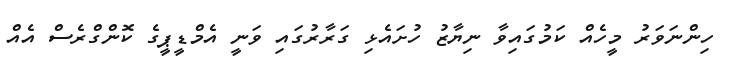
ހިންނަވަރު މީހެއް ކަމުގައިވާ ނިޔާޒު ހުށައެޅި ގަރާރުގައި ވަނީ އެމްޑީޕީގެ ކޮންގްރެސް އެއް